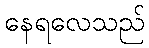
နေရလေသည်